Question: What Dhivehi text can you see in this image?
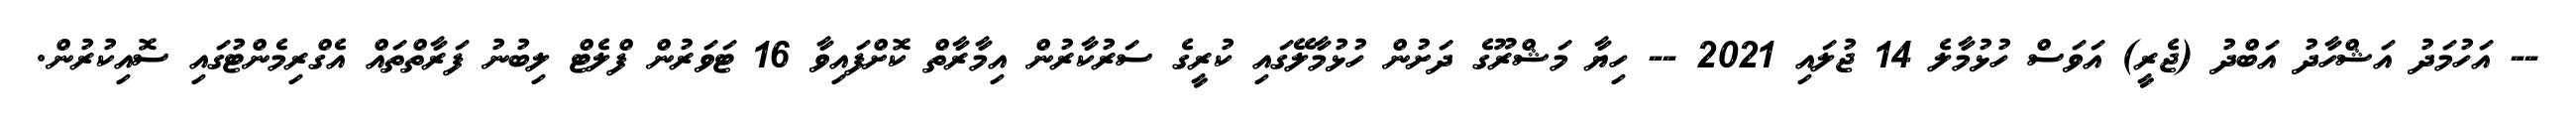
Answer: -- އަހުމަދު އަޝްހާދު އަބްދު (ޖެރީ) އަވަސް ހުޅުމާލެ 14 ޖުލައި 2021 -- ހިޔާ މަޝްރޫގެ ދަށުން ހުޅުމާލޭގައި ކުރީގެ ސަރުކާރުން އިމާރާތް ކޮށްފައިވާ 16 ޓަވަރުން ފްލެޓް ލިބުނު ފަރާތްތައް އެގްރިމެންޓުގައި ސޮއިކުރުން.